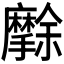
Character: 𭣒